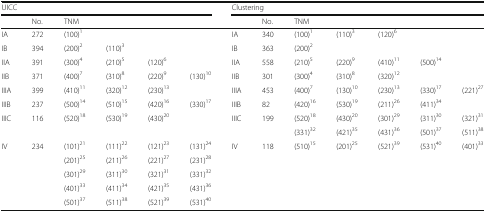
| <COLSPAN=6> UICC | <COLSPAN=7> Clustering |
 |  | No. | <COLSPAN=4> TNM |  | No. | <COLSPAN=5> TNM |
 | --- | --- | --- | --- | --- | --- | --- | --- | --- | --- | --- | --- | --- |
 | IA | 272 | (100)1 |  |  |  | IA | 340 | (100)1 | (110)3 | (120)6 |  |  |
 | IB | 394 | (200)2 | (110)3 |  |  | IB | 363 | (200)2 |  |  |  |  |
 | IIA | 391 | (300)4 | (210)5 | (120)6 |  | IIA | 558 | (210)5 | (220)9 | (410)11 | (500)14 |  |
 | IIB | 371 | (400)7 | (310)8 | (220)9 | (130)10 | IIB | 301 | (300)4 | (310)8 | (320)12 |  |  |
 | IIIA | 399 | (410)11 | (320)12 | (230)13 |  | IIIA | 453 | (400)7 | (130)10 | (230)13 | (330)17 | (221)27 |
 | IIIB | 237 | (500)14 | (510)15 | (420)16 | (330)17 | IIIB | 82 | (420)16 | (530)19 | (211)26 | (411)34 |  |
 | IIIC | 116 | (520)18 | (530)19 | (430)20 |  | IIIC | 199 | (520)18 | (430)20 | (301)29 | (311)30 | (321)31 |
 |  |  |  |  |  |  |  |  | (331)32 | (421)35 | (431)36 | (501)37 | (511)38 |
 | <ROWSPAN=5> IV | <ROWSPAN=5> 234 | (101)21 | (111)22 | (121)23 | (131)24 | <ROWSPAN=5> IV | <ROWSPAN=5> 118 | <ROWSPAN=5> (510)15 | <ROWSPAN=5> (201)25 | <ROWSPAN=5> (521)39 | <ROWSPAN=5> (531)40 | <ROWSPAN=5> (401)33 |
 | (201)25 | (211)26 | (221)27 | (231)28 |
 | (301)29 | (311)30 | (321)31 | (331)32 |
 | (401)33 | (411)34 | (421)35 | (431)36 |
 | (501)37 | (511)38 | (521)39 | (531)40 |